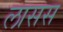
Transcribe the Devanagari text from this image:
लासस